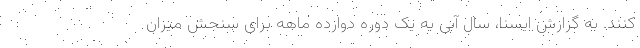
کنند. به گزارش ایسنا، سال آبی به یک دوره دوازده ماهه برای سنجش میزان